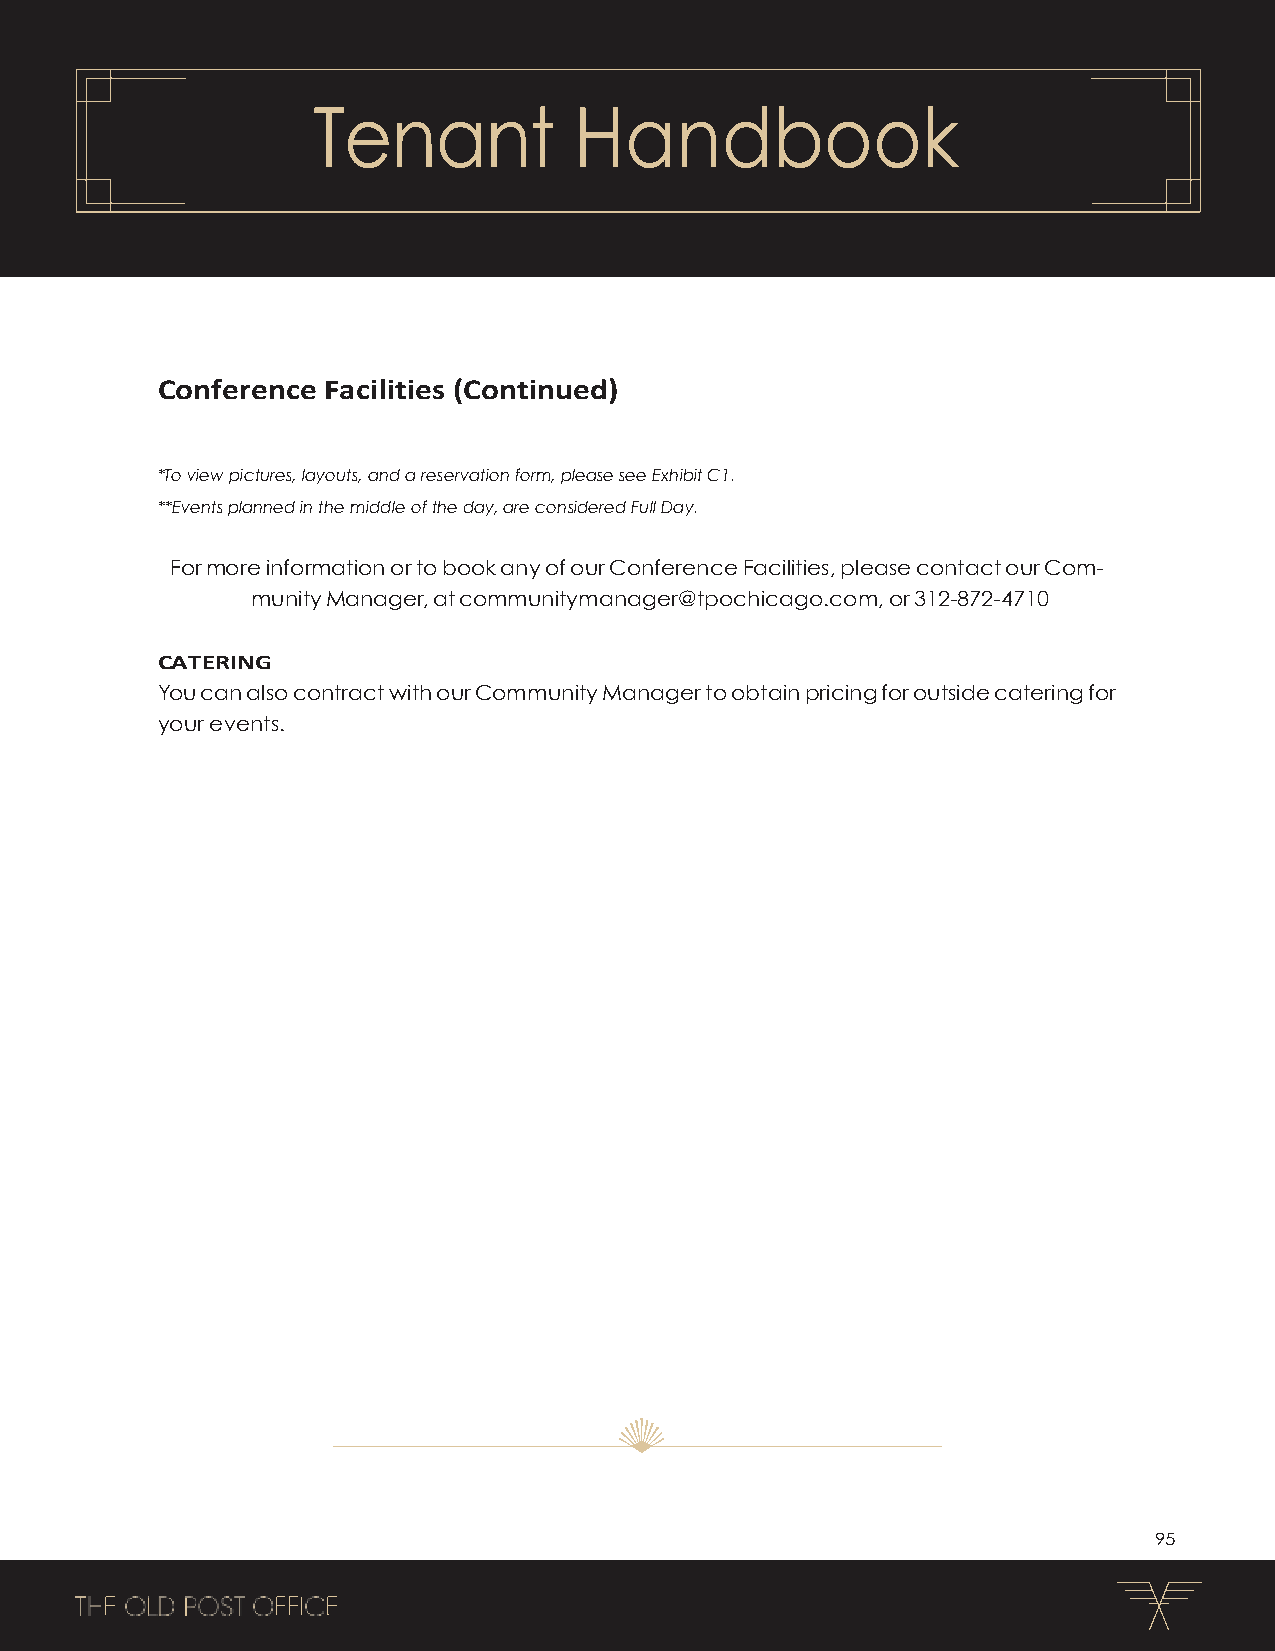
Tenant           Handbook
 Conference Facilities (Continued)
 *To view pictures, layouts, and a reservation form, please see Exhibit C1.
 **Events planned in the middle of the day, are considered Full Day.
 For more information or to book any of our Conference Facilities, please contact our Com-
 munity Manager, at communitymanager@tpochicago.com, or 312-872-4710
 CATERING
 You can also contract with our Community Manager to obtain pricing for outside catering for
 your events.
 95